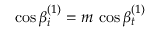
\cos { \beta _ { i } ^ { ( 1 ) } } = m \, \cos { \beta _ { t } ^ { ( 1 ) } }